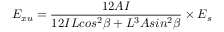
E _ { x u } = \frac { 1 2 A I } { 1 2 I L c o s ^ { 2 } \beta + L ^ { 3 } A s i n ^ { 2 } \beta } \times { E _ { s } }